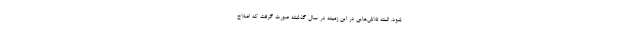
شود. البته تلاش‌هایی در این زمینه در سال گذشته صورت گرفت که اصلاح